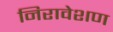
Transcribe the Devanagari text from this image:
निरावेशण